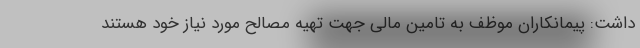
داشت: پیمانکاران موظف به تامین مالی جهت تهیه مصالح مورد نیاز خود هستند